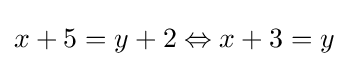
x+5=y+2\Leftrightarrow x+3=y